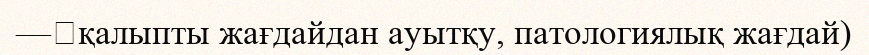
—	қалыпты жағдайдан ауытқу, патологиялық жағдай)